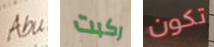
Abu ركبت تكون